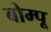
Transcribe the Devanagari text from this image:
बोम्पू